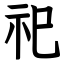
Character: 祀